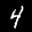
Label: 4